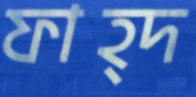
ফাহ্দ